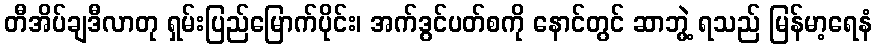
တီအိပ်ချဒီလာတု ရှမ်းပြည်မြောက်ပိုင်း၊ အက်ဒွင်ပတ်စကို နောင်တွင် ဆာဘွဲ့ ရသည် မြန်မာ့ရေနံ